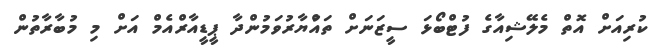
ކުރިއަށް އޮތް މެލޭޝިއާގެ ފުޓްބޯޅަ ސީޒަނަށް ތައްުޔާރުވަމުންދާ ޕީޑީއާރްއެމް އަށް މި މުބާރާތުން